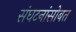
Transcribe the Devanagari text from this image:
संघटनांसोबत